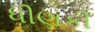
ધીણકી